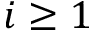
i \ge 1